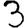
Digit: 3